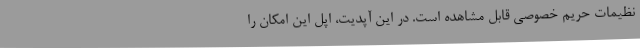
نظیمات حریم خصوصی قابل مشاهده است. در این آپدیت، اپل این امکان را